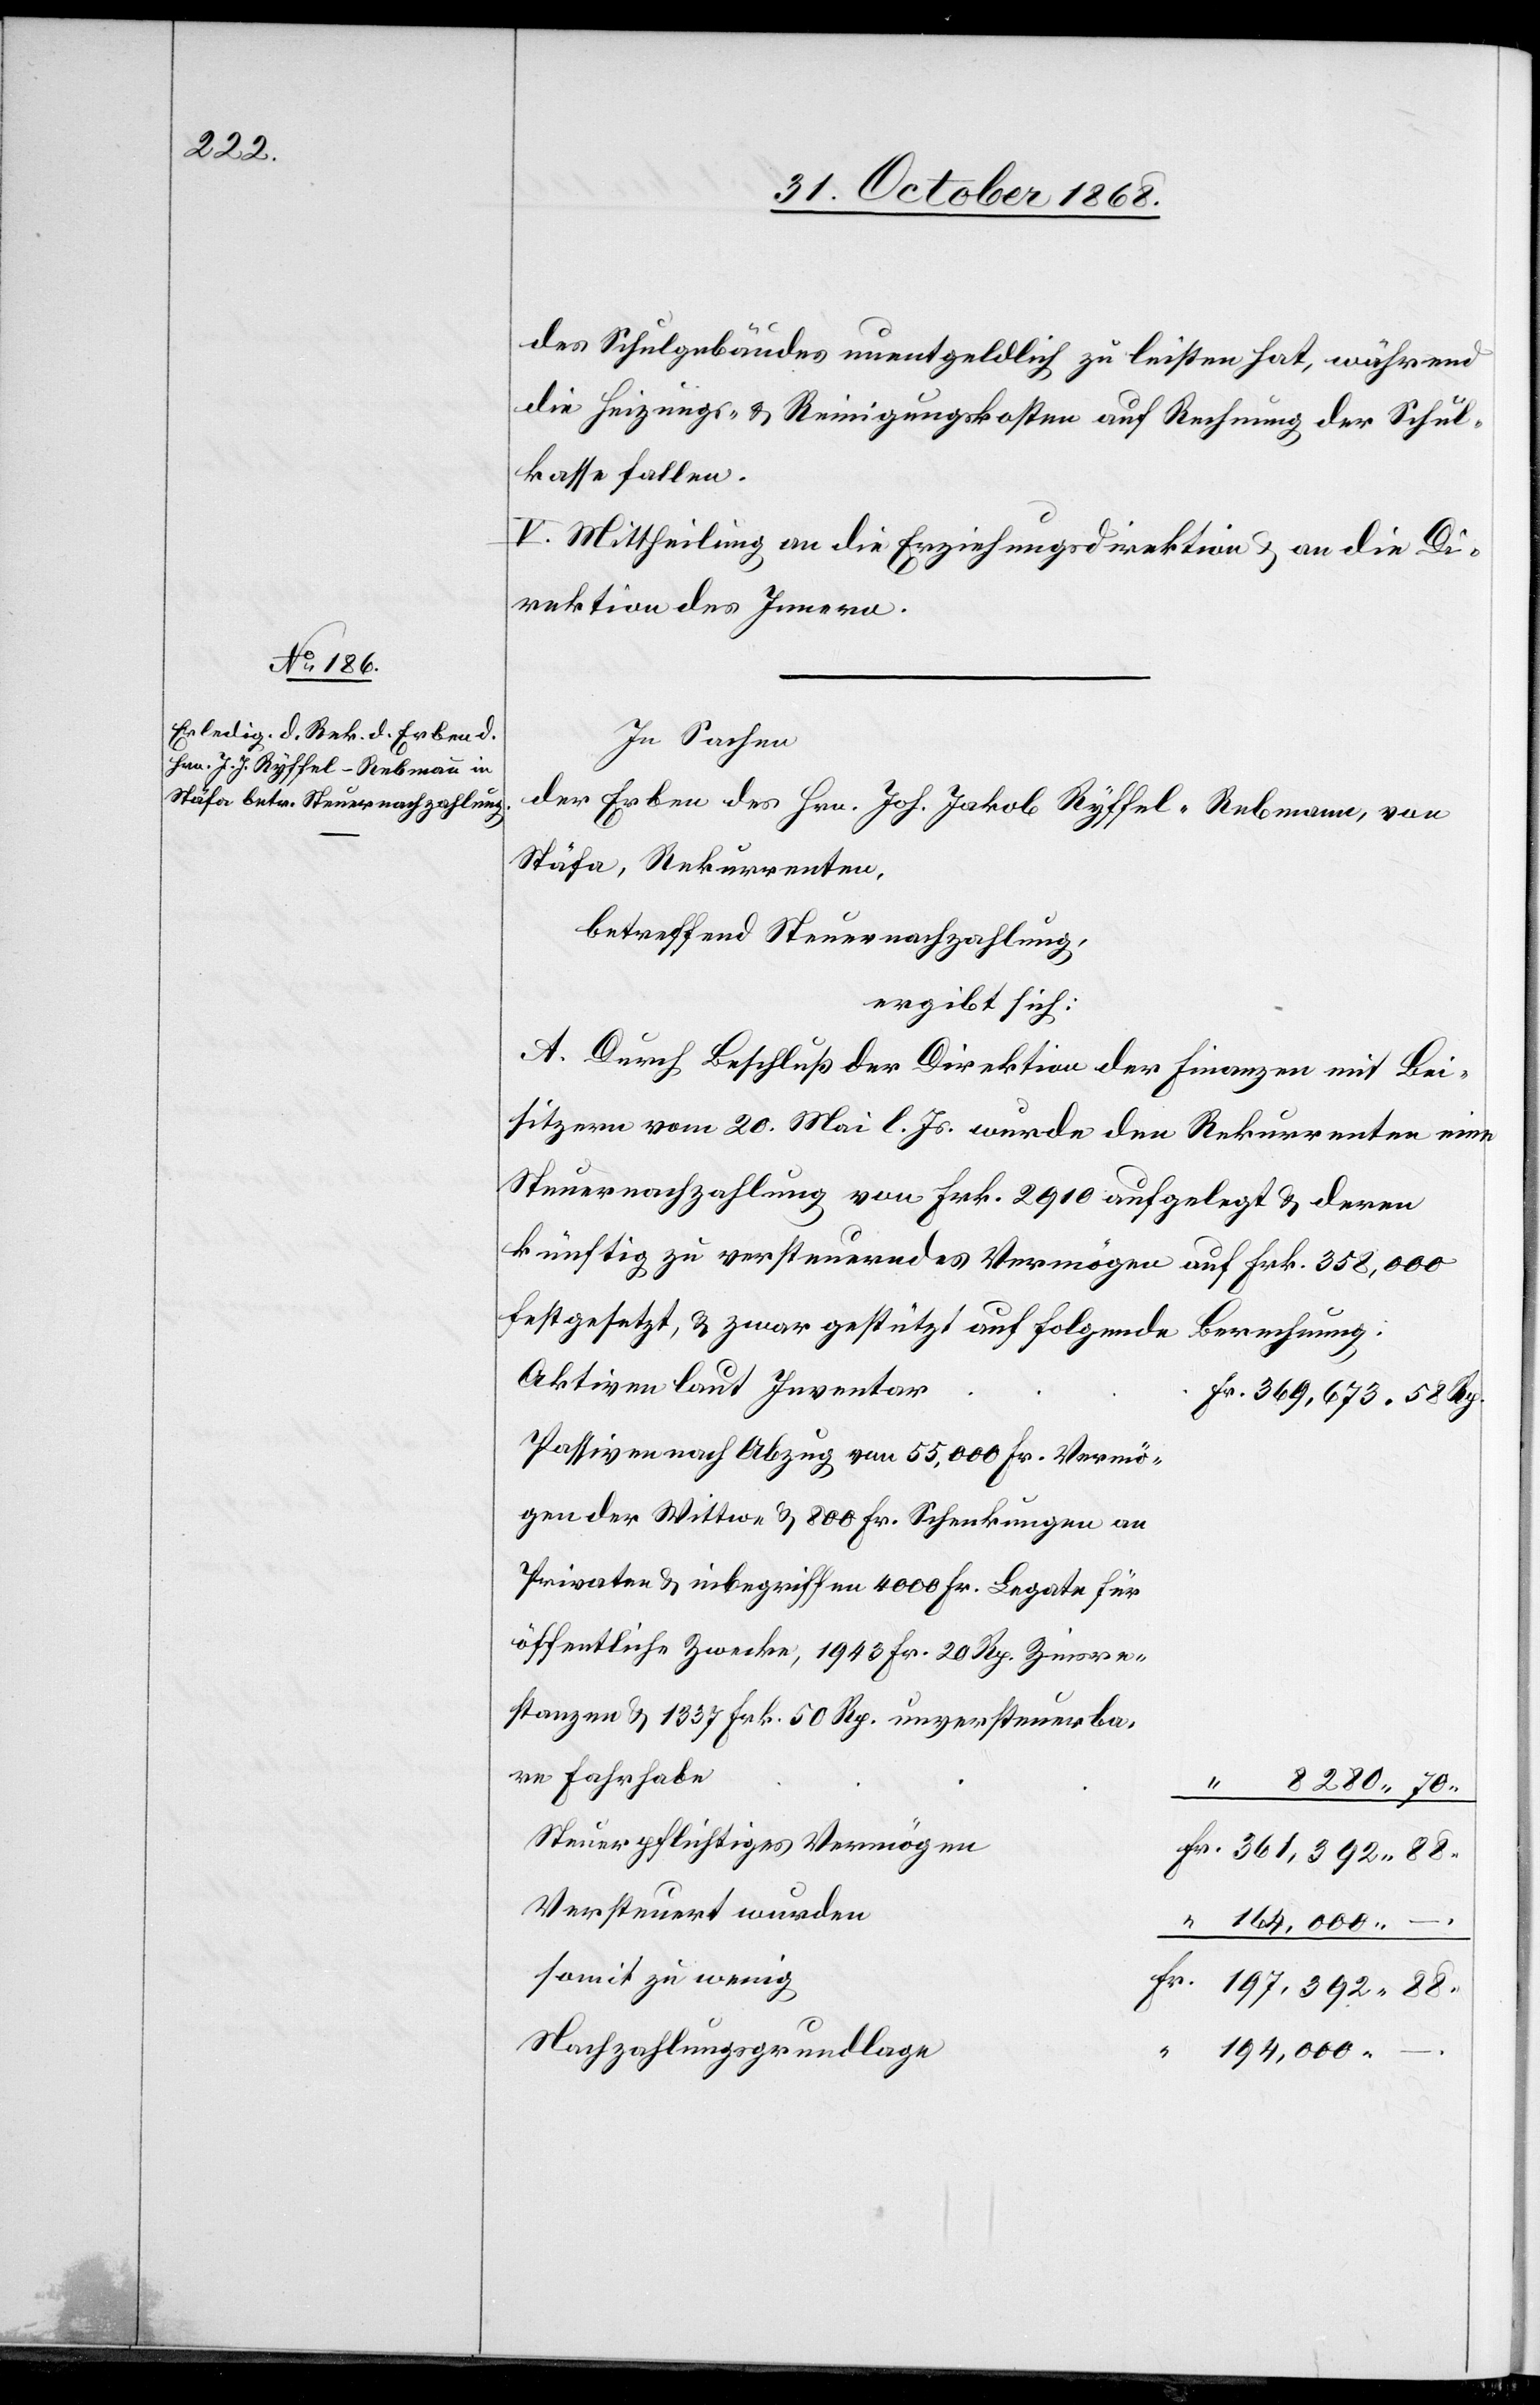
des Schulgebäudes unentgeldlich zu leisten hat, während
die Heizungs- & Reinigungskosten auf Rechnung der Schul¬
kasse fallen.
V. Mittheilung an die Erziehungsdirektion & an die Di¬
rektion des Innern.
In Sachen
der Erben des Hrn. Joh. Jakob Ryffel-Rebmann, von
Stäfa, Rekurrenten,
betreffend Steuernachzahlung,
ergibt sich:
A. Durch Beschluß der Direktion der Finanzen mit Bei¬
sitzern vom 20. Mai l. Js. wurde den Rekurrenten eine
Steuernachzahlung von Frk. 2910 aufgelegt & deren
künftig zu versteuerndes Vermögen auf Frk. 358,000
festgesetzt, & zwar gestützt auf folgende
Berechnung:
Aktiven laut Inventar
Fr. 369,673. 58 Rp.
Passiven nach Abzug von 55,000 Fr. Vermö¬
gen der Wittwe & 800 Fr. Schenkungen an
Privaten & inbegriffen 4000 Fr. Legate für
öffentliche Zwecke, 1943 Fr. 20 Rp. Zinsre¬
stanzen & 1337 Frk. 50 Rp. unversteuerba¬
re Fahrhabe
“
8280 70
Steuerpflichtiges Vermögen
Fr. 361,392 88
Versteuert wurden
“ 164,000
somit zu wenig
Fr. 197,392 88
Nachzahlungsgrundlage
“ 194,000 –